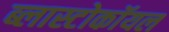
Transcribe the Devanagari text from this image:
ब्लास्टोकॉयल